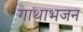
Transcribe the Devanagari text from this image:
गाथाभजन